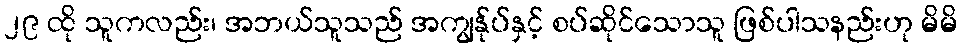
၂၉ ထို သူကလည်း၊ အဘယ်သူသည် အကျွန်ုပ်နှင့် စပ်ဆိုင်သောသူ ဖြစ်ပါသနည်းဟု မိမိ